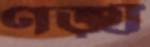
ণড়্থঁ